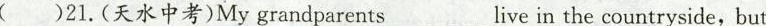
( )21.(天水中考)My grandparents___live in the countryside,but